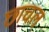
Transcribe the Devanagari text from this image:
छाचल